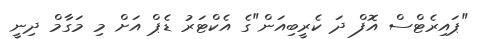
"ޕައިރެޓްސް އޮފް ދަ ކެރީބިއަން"ގެ އެކްޓަރު ޑެޕް އަށް މި މަގާމް ދިނީ